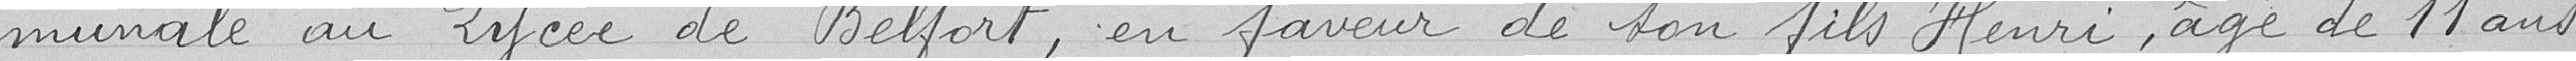
munale au Lycée de Belfort, en faveur de son fils Henri, âgé de 11 ans.